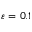
\varepsilon = 0 . 1